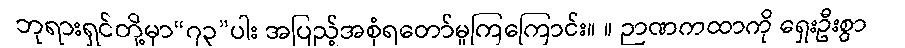
ဘုရားရှင်တို့မှာ“၇၃”ပါး အပြည့်အစုံရတော်မူကြကြောင်း။ ။ ဉာဏကထာကို ရှေးဦးစွာ